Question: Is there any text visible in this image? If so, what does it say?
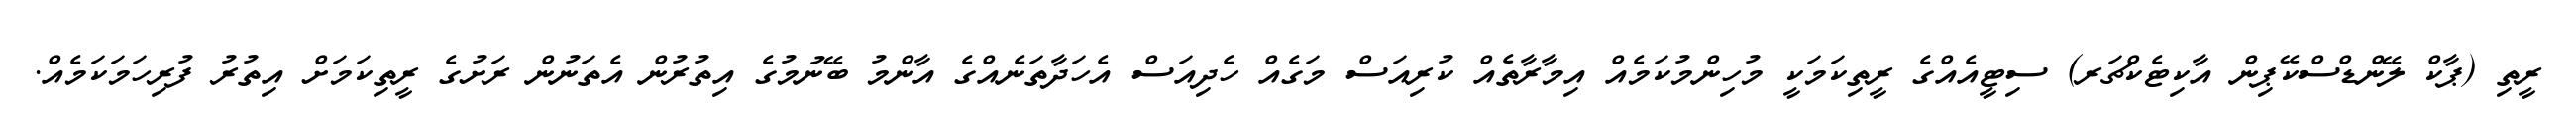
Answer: ރީތި (ޕާކް ލޭންޑްސްކޭޕިން އާކިޓެކްޗަރ) ސިޓީއެއްގެ ރީތިކަމަކީ މުހިންމުކަމެއް އިމާރާތެއް ކުރިއަސް މަގެއް ހެދިއަސް އެހަދާތަނެއްގެ އާންމު ބޭނުމުގެ އިތުރުން އެތަނުން ރަށުގެ ރީތިކަމަށް އިތުރު ފުރިހަމަކަމެއް.